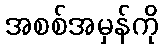
အစစ်အမှန်ကို